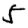
Digit: 5